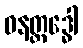
ဓနတ္ထဒ္ဓေါ